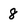
Character: 8